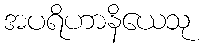
အပရိဟာနိယေသု